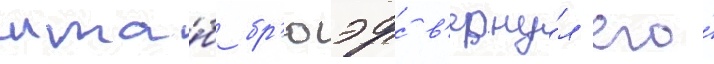
шта́б бр'юэрс в'ерну́л его́